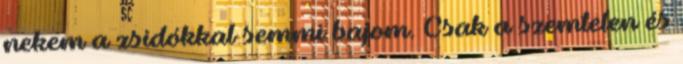
nekem a zsidókkal semmi bajom. Csak a szemtelen és